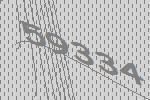
59334